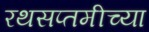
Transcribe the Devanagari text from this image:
रथसप्तमीच्या